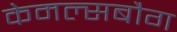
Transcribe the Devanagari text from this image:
केमल्सबौग